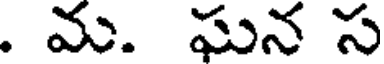
. మ. ఘన స